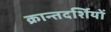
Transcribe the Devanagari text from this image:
क्रान्तदर्शियों